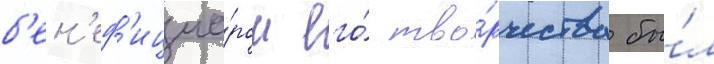
б'ен'еф'ициа́ром его́ тво́рчества бы́л